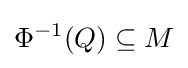
\Phi ^{-1}(Q)\subseteq M